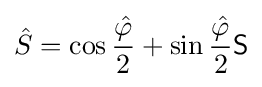
{\hat {S}}=\cos {\frac {\hat {\varphi }}{2}}+\sin {\frac {\hat {\varphi }}{2}}{\mathsf {S}}